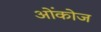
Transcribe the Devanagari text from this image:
ओंकोज